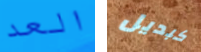
العد كبديل